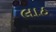
લાઠ